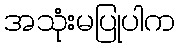
အသုံးမပြုပါက